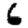
Digit: 6